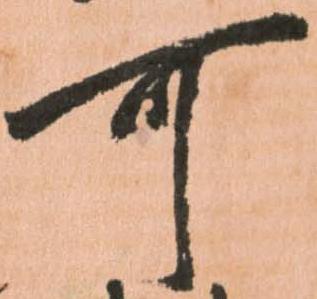
可